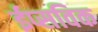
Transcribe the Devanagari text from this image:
ईप्सविक